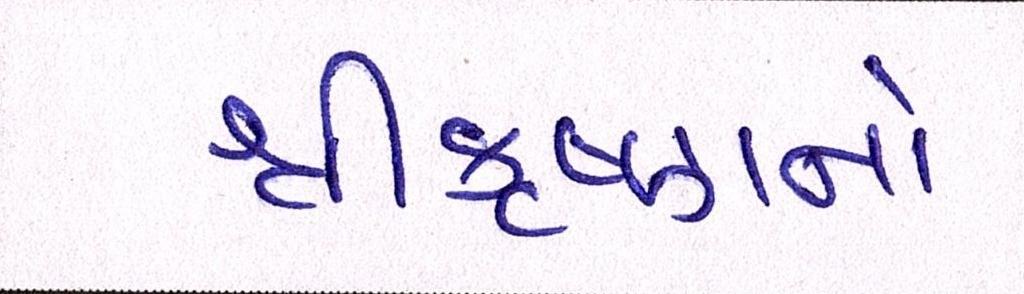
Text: શ્રીકૃષ્ણનો